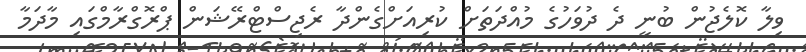
ވިލާ ކޮލެޖުން ބުނީ ދެ ދުވަހުގެ މުއްދަތަށް ކުރިއަށްގެންދާ ރެޖިސްޓްރޭޝަން ޕްރޮގްރާމްގައި މާދަމާ